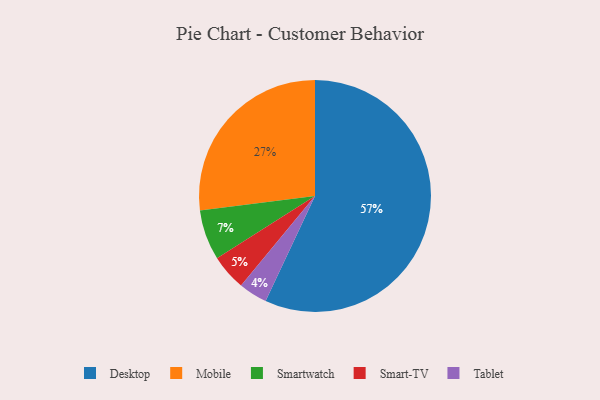
{"axis": {"x": "Category", "y": "Percentage"}, "legend": ["Desktop", "Mobile", "Smart-TV", "Smartwatch", "Tablet"], "data": [{"x": "Desktop", "y": 57, "type": "Desktop"}, {"x": "Smartwatch", "y": 7, "type": "Smartwatch"}, {"x": "Tablet", "y": 4, "type": "Tablet"}, {"x": "Mobile", "y": 27, "type": "Mobile"}, {"x": "Smart-TV", "y": 5, "type": "Smart-TV"}]}